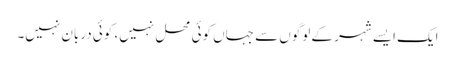
ایک ایسے شہر کے لوگوں سے جہاں کوئی محل نہیں، کوئی دربان نہیں۔